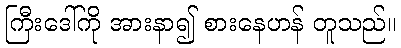
ကြီးဒေါ်ကို အားနာ၍ စားနေဟန် တူသည်။